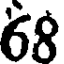
68